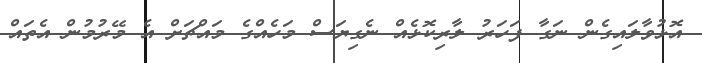
އޮޅުވާލައިގެން ނަގާ ފަހަރު ލާރިކޮޅެއް ނެގިޔަސް މަހެއްގެ މައްޗަށް އެ މޭރުމުން އެތައް